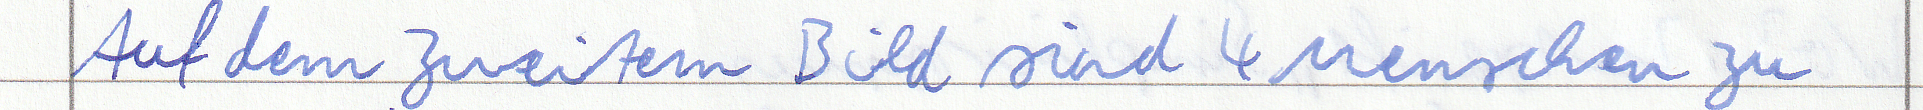
Auf dem zweitem Bild sind 4 Menschen zu